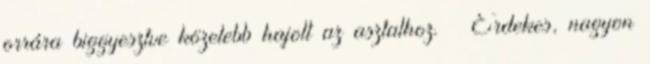
orrára biggyesztve közelebb hajolt az asztalhoz. – Érdekes, nagyon